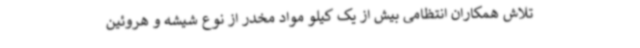
تلاش همکاران انتظامی بیش از یک کیلو مواد مخدر از نوع شیشه و هروئین